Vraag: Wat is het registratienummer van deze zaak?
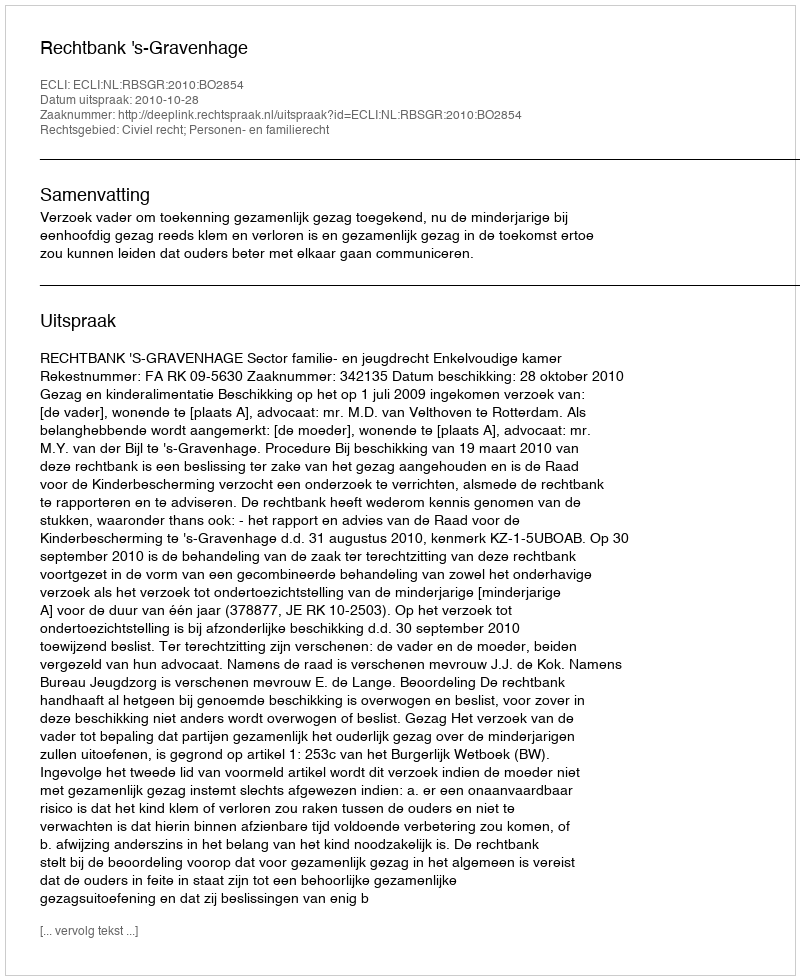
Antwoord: http://deeplink.rechtspraak.nl/uitspraak?id=ECLI:NL:RBSGR:2010:BO2854